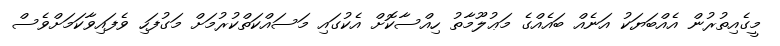
މީގެއިތުރުން އެއްބަޔަކު އަނެއް ބައެއްގެ މަޢުލޫމާތު ހިއްސާކޮށް އެކުގައި މަސައްކަތްކުރުމަށް މަގުފަހި ވެފައިވާކަމަށްވެސް